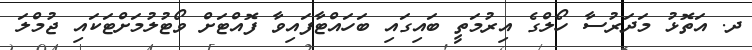
ދ. އަތޮޅު މަދަރުސާ ހޯލްގެ އިރުމަތީ ބައިގައި ބަހައްޓާފައިވާ ފޮއްޓަށް ވޯޓުލުމަށްޓަކައި ޖުމްލަ